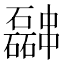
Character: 𫡎